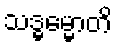
သဒ္ဓမ္မောတိ